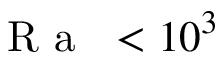
\mathrm { ~ \textit ~ { ~ R ~ a ~ } ~ } < 1 0 ^ { 3 }